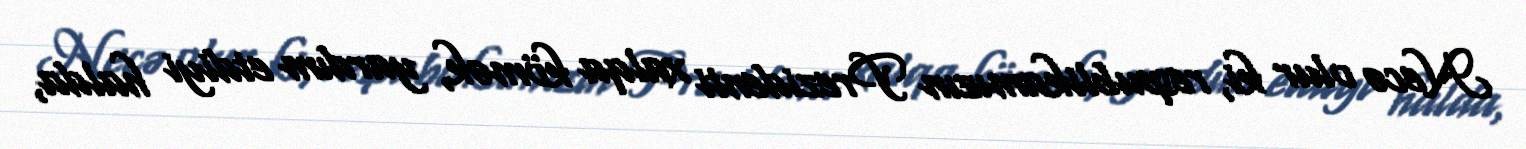
Necə olur ki, respublikamızın Prezidenti xalqa kömək, yardım etdiyi halda,